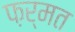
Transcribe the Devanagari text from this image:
फ़र्मत